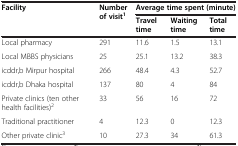
<table><thead><tr><td rowspan="2"><b>Facility</b></td><td rowspan="2"><b>Number of visit<sup>1</sup></b></td><td colspan="3"><b>Average time spent (minute)</b></td></tr><tr><td><b>Travel time</b></td><td><b>Waiting time</b></td><td><b>Total time</b></td></tr></thead><tbody><tr><td>Local pharmacy</td><td>291</td><td>11.6</td><td>1.5</td><td>13.1</td></tr><tr><td>Local MBBS physicians</td><td>25</td><td>25.1</td><td>13.2</td><td>38.3</td></tr><tr><td>icddr,b Mirpur hospital</td><td>266</td><td>48.4</td><td>4.3</td><td>52.7</td></tr><tr><td>icddr,b Dhaka hospital</td><td>137</td><td>80</td><td>4</td><td>84</td></tr><tr><td>Private clinics (ten other health facilities)<sup>2</sup></td><td>33</td><td>56</td><td>16</td><td>72</td></tr><tr><td>Traditional practitioner</td><td>4</td><td>12.3</td><td>0</td><td>12.3</td></tr><tr><td>Other private clinic<sup>3</sup></td><td>10</td><td>27.3</td><td>34</td><td>61.3</td></tr></tbody></table>